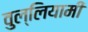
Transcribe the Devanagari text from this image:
वुल्लियामी